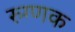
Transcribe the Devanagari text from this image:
रुग्णक